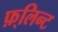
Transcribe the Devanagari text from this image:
फ़्लिन्ट